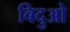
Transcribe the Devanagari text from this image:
बिदुओ